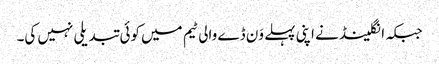
جبکہ انگلینڈ نے اپنی پہلے وَن ڈے والی ٹیم میں کوئی تبدیلی نہیں کی۔